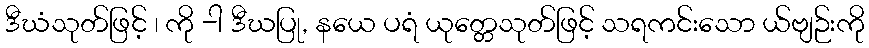
ဒီဃံသုတ်ဖြင့် ၊ ကို -ါ ဒီဃပြု, နယေ ပရံ ယုတ္တေသုတ်ဖြင့် သရကင်းသော ယ်ဗျဉ်းကို